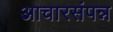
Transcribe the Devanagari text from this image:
आचारसंपन्न